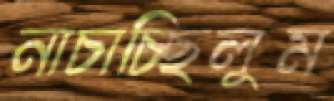
নাচাচ্ছিলুম